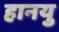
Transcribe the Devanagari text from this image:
हानयु